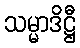
သမ္မာဒိဋ္ဌီ